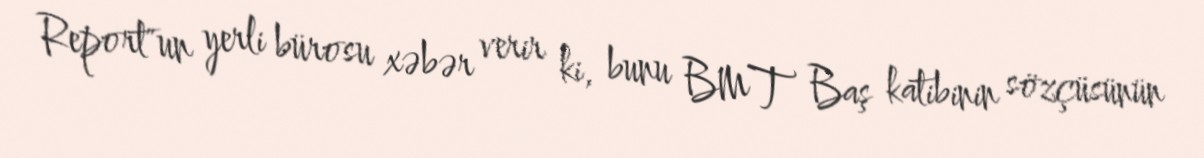
Report"un yerli bürosu xəbər verir ki, bunu BMT Baş katibinin sözçüsünün